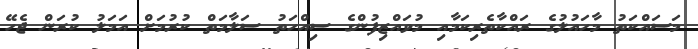
މަސައްކަތު މާހައުލުގެ ރައްކާތެރިކަމާއި މުވައްޒިފުންގެ ސިއްހަތު ސަލާމަތް ކުރުމަށް އަމަލު ކުރަން ޖެހޭ